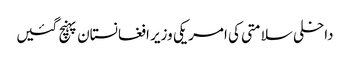
داخلی سلامتی کی امریکی وزیر افغانستان پہنچ گئیں